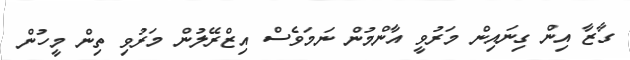
ގާޒާ އިން ގިނައިން މަރުވީ އާންމުން ނަމަވެސް އިޒްރޭލުން މަރުވި ތިން މީހުން